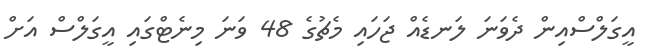
އީގަލްސްއިން ދެވަނަ ލަނޑެއް ޖަހައި މެޗުގެ 48 ވަނަ މިނެޓްގައި އީގަލްސް އަށް